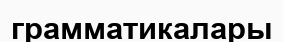
грамматикалары